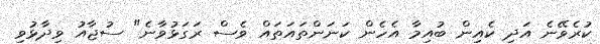
ކުރެވޭނެ އަދި ކެއިން ބުއިމާ އެހެން ކަނަންތައަތައް ވެސް ރަގަޅުވާނެ" ސުޖާއު ވިދާޅުވި